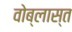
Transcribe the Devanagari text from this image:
वोब्लास्त